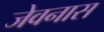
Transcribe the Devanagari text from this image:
जेवनास